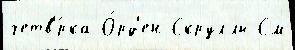
четв'́рка О́рд'ен Скруллы См